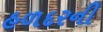
હળદરની